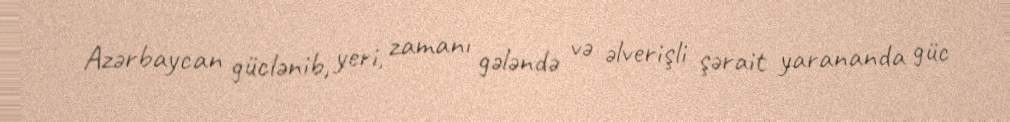
Azərbaycan güclənib, yeri, zamanı gələndə və əlverişli şərait yarananda güc